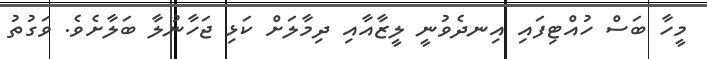
މީހާ ބަސް ހުއްޓިފައި އިނދެވުނީ ލީޒާއާއި ދިމާލަށް ކަޅި ޖަހާނުލާ ބަލާށެވެ. ވަގުތު